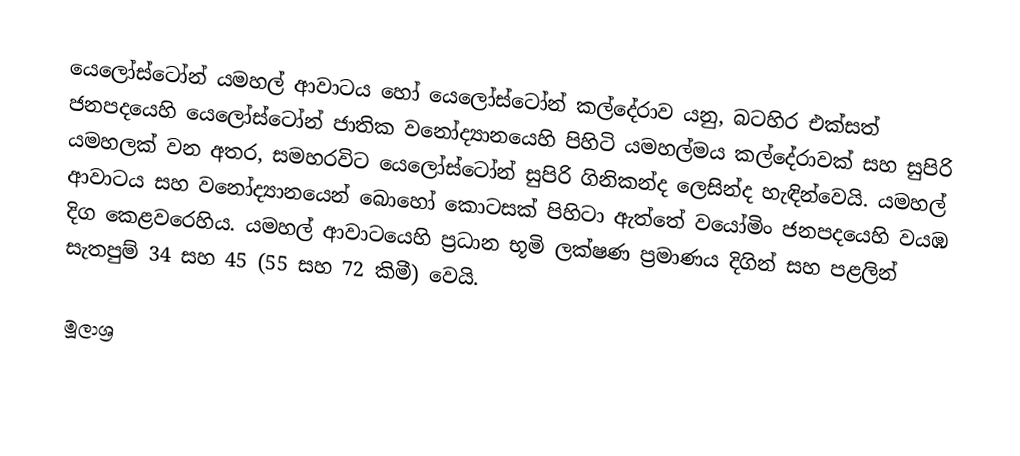
යෙලෝස්ටෝන් යමහල් ආවාටය හෝ යෙලෝස්ටෝන් කල්දේරාව යනු,  බටහිර එක්සත් ජනපදයෙහි යෙලෝස්ටෝන් ජාතික වනෝද්‍යානයෙහි පිහිටි යමහල්මය කල්දේරාවක් සහ සුපිරි යමහලක් වන අතර, සමහරවිට යෙලෝස්ටෝන් සුපිරි ගිනිකන්ද ලෙසින්ද හැඳින්වෙයි. යමහල් ආවාටය සහ වනෝද්‍යානයෙන් බොහෝ කොටසක් පිහිටා ඇත්තේ  වයෝමිං ජනපදයෙහි වයඹ දිග කෙළවරෙහිය.  යමහල් ආවාටයෙහි ප්‍රධාන භූමි ලක්ෂණ ප්‍රමාණය දිගින් සහ පළලින් සැතපුම් 34 සහ 45 (55 සහ 72 කිමී) වෙයි.

මූලාශ්‍ර